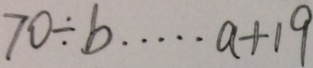
7 0 \div b \cdots a + 1 9